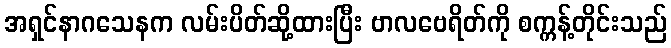
အရှင်နာဂသေနက လမ်းပိတ်ဆို့ထားပြီး ဗာလဗေရိတ်ကို စက္ကန့်တိုင်းသည်